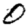
Digit: 0